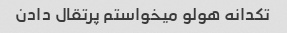
تکدانه هولو میخواستم پرتقال دادن